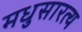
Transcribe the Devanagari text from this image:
मधुसारत्य